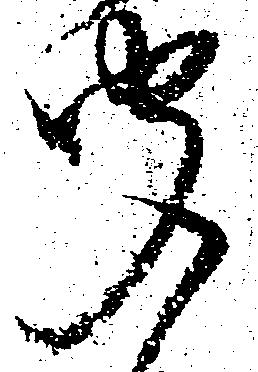
聞